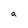
Character: a